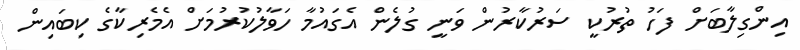
އިންގިލާބަށް ފަހު ތުރުކީ ސަރުކާރުން ވަނީ ގުލެން އެގައުމާ ހަވާލުކުރުމަށް އެމެރިކާގެ ކިބައިން